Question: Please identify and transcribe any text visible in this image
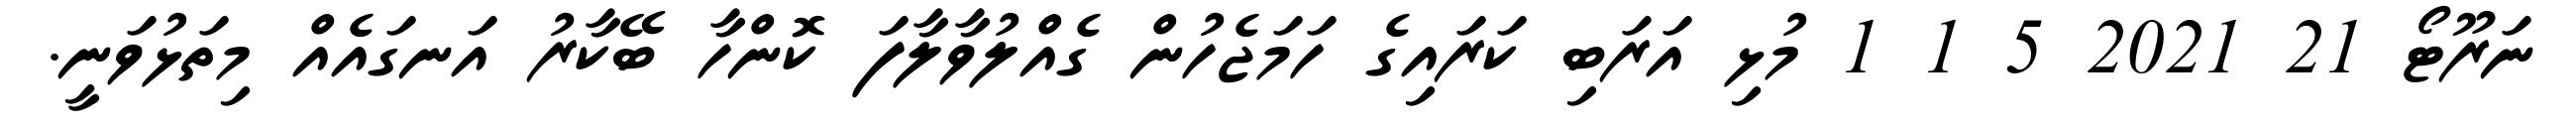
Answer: ނަރޫޓޯ 21 2021 5 1 1 މުޅި އަރަބި ކަރައިގެ ހަމަޖެހުން ގެއްލުވާލާފަ ކޮންހާ ބޭކާރު އަނގައެއް މިތަޅުވަނީ.